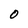
Character: O